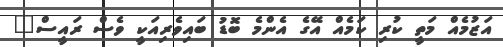
އަޒުމެއް މަތީ ކުރި ކަމެއް އޭގެ އެންމެ ބޮޑު ބައިވެރިއަކީ ވެސް ރައީސް"